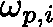
\mathbf { \omega } _ { p , i }